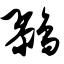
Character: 鹨